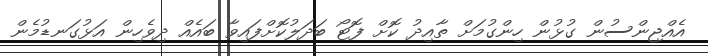
އެއްޖިންސުން ގުޅުން ހިންގުމަށް ތާއިދު ކޮށް ފޮޓޯ ބަދަލުކޮށްފައިވާ ބައެއް ދިވެހިން އަޅުގަނޑުމެން